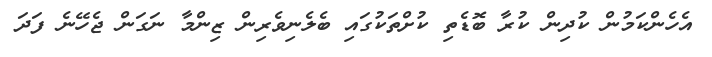
އެހެންކަމުން ކުދިން ކުރާ ބޮޑެތި ކުށްތަކުގައި ބެލެނިވެރިން ޒިންމާ ނަގަން ޖެހޭނެ ފަދަ